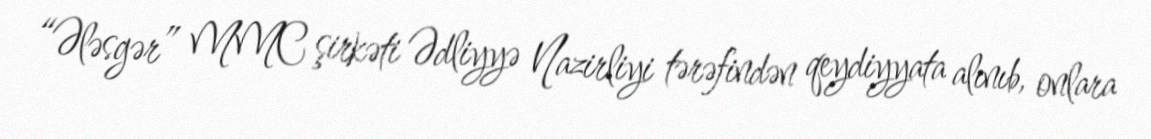
“Ələsgər” MMC şirkəti Ədliyyə Nazirliyi tərəfindən qeydiyyata alınıb, onlara